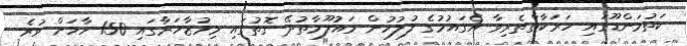
ކަތުމަންޑޫގައި ހަރަކާތްތެރިވާ އެގައުމުގެ ފުލުހުން މައުލޫމާތުދޭ ގޮތުގައި މިމުޒާހަރާގައި 150 ހާހަށް ވުރެ